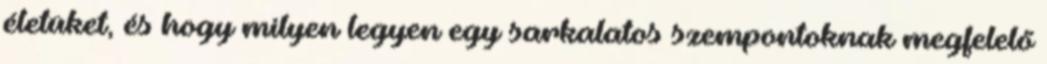
életüket, és hogy milyen legyen egy sarkalatos szempontoknak megfelelő